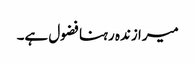
میرا زندہ رہنا فضول ہے۔